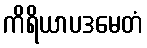
ကိရိယာပဒမေတံ